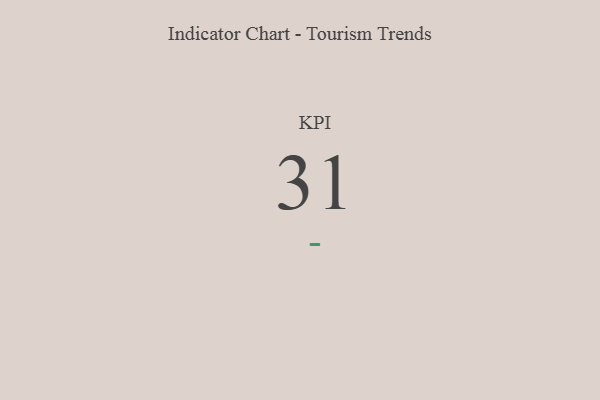
{"axis": {"x": "KPI", "y": "Value"}, "legend": [""], "data": [{"x": "KPI", "y": 31, "type": ""}]}